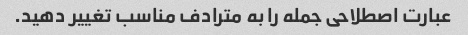
عبارت اصطلاحی جمله را به مترادف مناسب تغییر دهید.